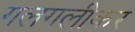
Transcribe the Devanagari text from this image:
गलगलीकर